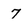
Character: 7